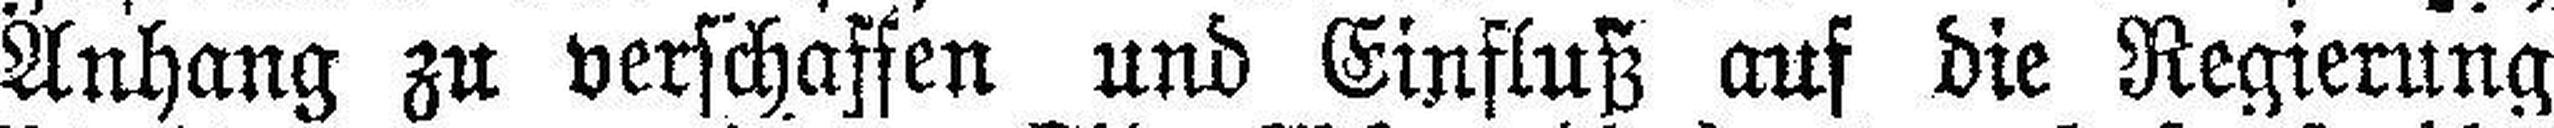
Anhang zu verschaffen und Einfluß auf die Regierung